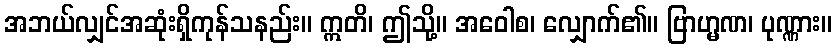
အဘယ်လျှင်အဆုံးရှိကုန်သနည်း။ ဣတိ၊ ဤသို့။ အဝေါစ၊ လျှောက်၏။ ဗြာဟ္မဏ၊ ပုဏ္ဏား။